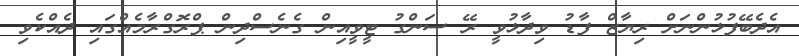
އެދެބޭފުޅުންނަށް ރިޔާޒް ފާޑު ވިދާޅުވީ ރޭ ސަންގު ޓީވީއިން ގެނެސްދިން ޕްރޮގްރާމެއްގައި ދެއްކެވި